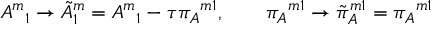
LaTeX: { A ^ { m } } _ { 1 } \to { \tilde { A } ^ { m } } _ { 1 } = { A ^ { m } } _ { 1 } - \tau { \pi _ { A } } ^ { m 1 } , \qquad { \pi _ { A } } ^ { m 1 } \to { \tilde { \pi } _ { A } } ^ { m 1 } = { \pi _ { A } } ^ { m 1 }